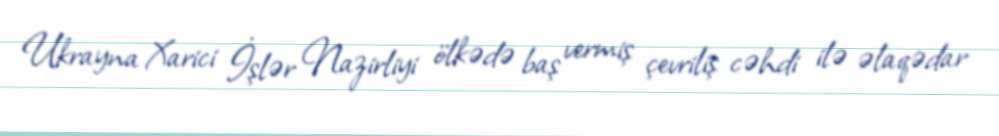
Ukrayna Xarici İşlər Nazirliyi ölkədə baş vermiş çevriliş cəhdi ilə əlaqədar